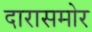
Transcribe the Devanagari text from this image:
दारासमोर